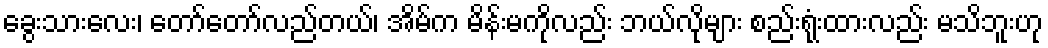
ခွေးသားလေး၊ တော်တော်လည်တယ်၊ အိမ်က မိန်းမကိုလည်း ဘယ်လိုများ စည်းရုံးထားလည်း မသိဘူးဟု